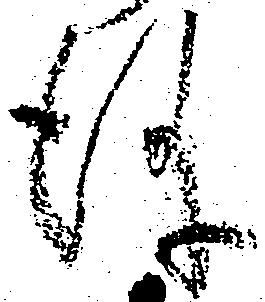
儀